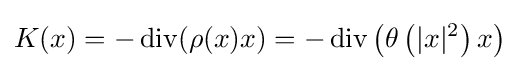
K(x)=-\operatorname {div} (\rho (x)x)=-\operatorname {div} \left(\theta \left(|x|^{2}\right)x\right)